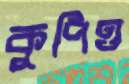
কুপিও